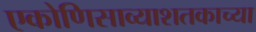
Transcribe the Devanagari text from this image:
एकोणिसाव्याशतकाच्या